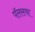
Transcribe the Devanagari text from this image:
पॅलसचा